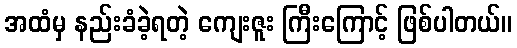
အထံမှ နည်းခံခဲ့ရတဲ့ ကျေးဇူး ကြီးကြောင့် ဖြစ်ပါတယ်။